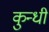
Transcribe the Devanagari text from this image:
कुन्धी